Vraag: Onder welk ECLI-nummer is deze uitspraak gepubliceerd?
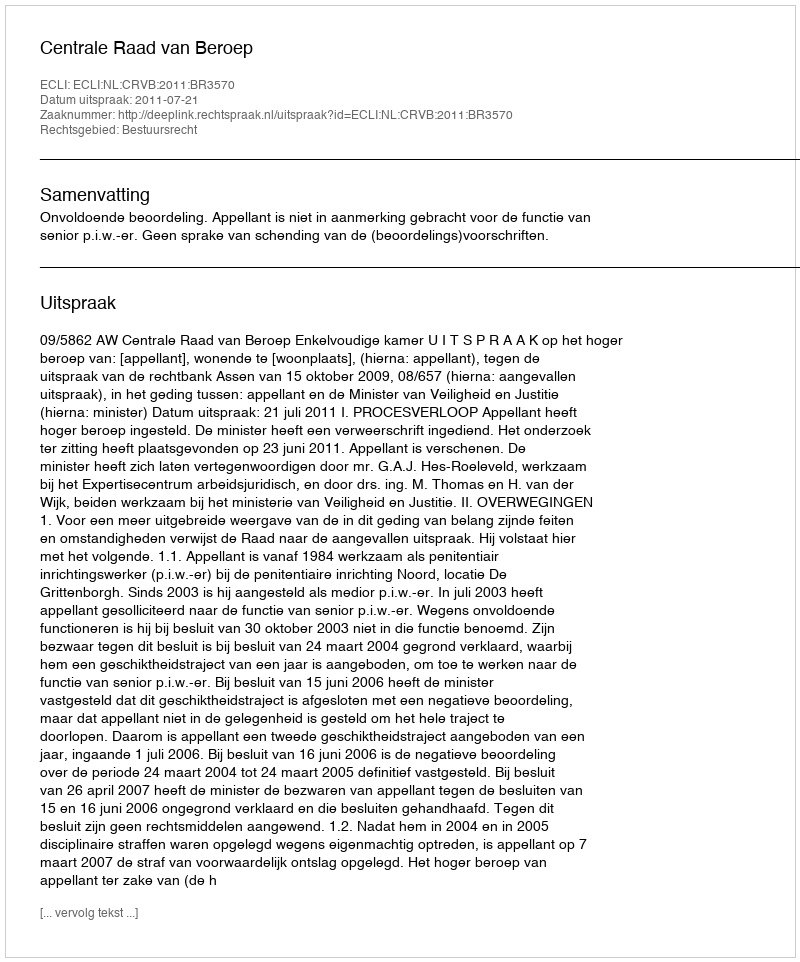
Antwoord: ECLI:NL:CRVB:2011:BR3570